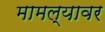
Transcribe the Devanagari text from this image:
मामल्यावर